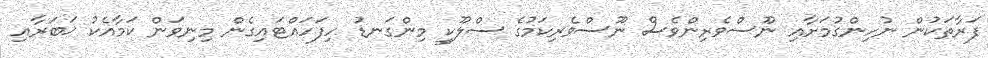
ފަރާތަކުން ނުހިންގުމަށާއި ނޫސްވެރިންވެސް ނޫސްވެރިކަމުގެ ސްލޫކީ މިންގަނޑު ހިފަހައްޓައިގެން މިނިވަން ކަމާއެކު ޚަބަރާއި